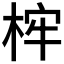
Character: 𣒲